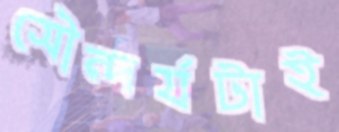
সৌন্দর্যটাই